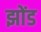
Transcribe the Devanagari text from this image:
झोंड